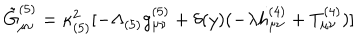
LaTeX: \tilde { G } _ { \mu \nu } ^ { ( 5 ) } = \kappa _ { ( 5 ) } ^ { 2 } [ - \Lambda _ { ( 5 ) } g _ { \mu \nu } ^ { ( 5 ) } + \delta ( y ) ( - \lambda h _ { \mu \nu } ^ { ( 4 ) } + T _ { \mu \nu } ^ { ( 4 ) } ) ]